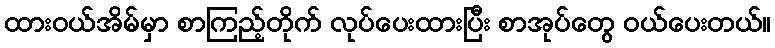
ထားဝယ်အိမ်မှာ စာကြည့်တိုက် လုပ်ပေးထားပြီး စာအုပ်တွေ ဝယ်ပေးတယ်။